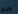
وينغ